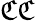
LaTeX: {\mathfrak{C}}{\mathfrak{C}}